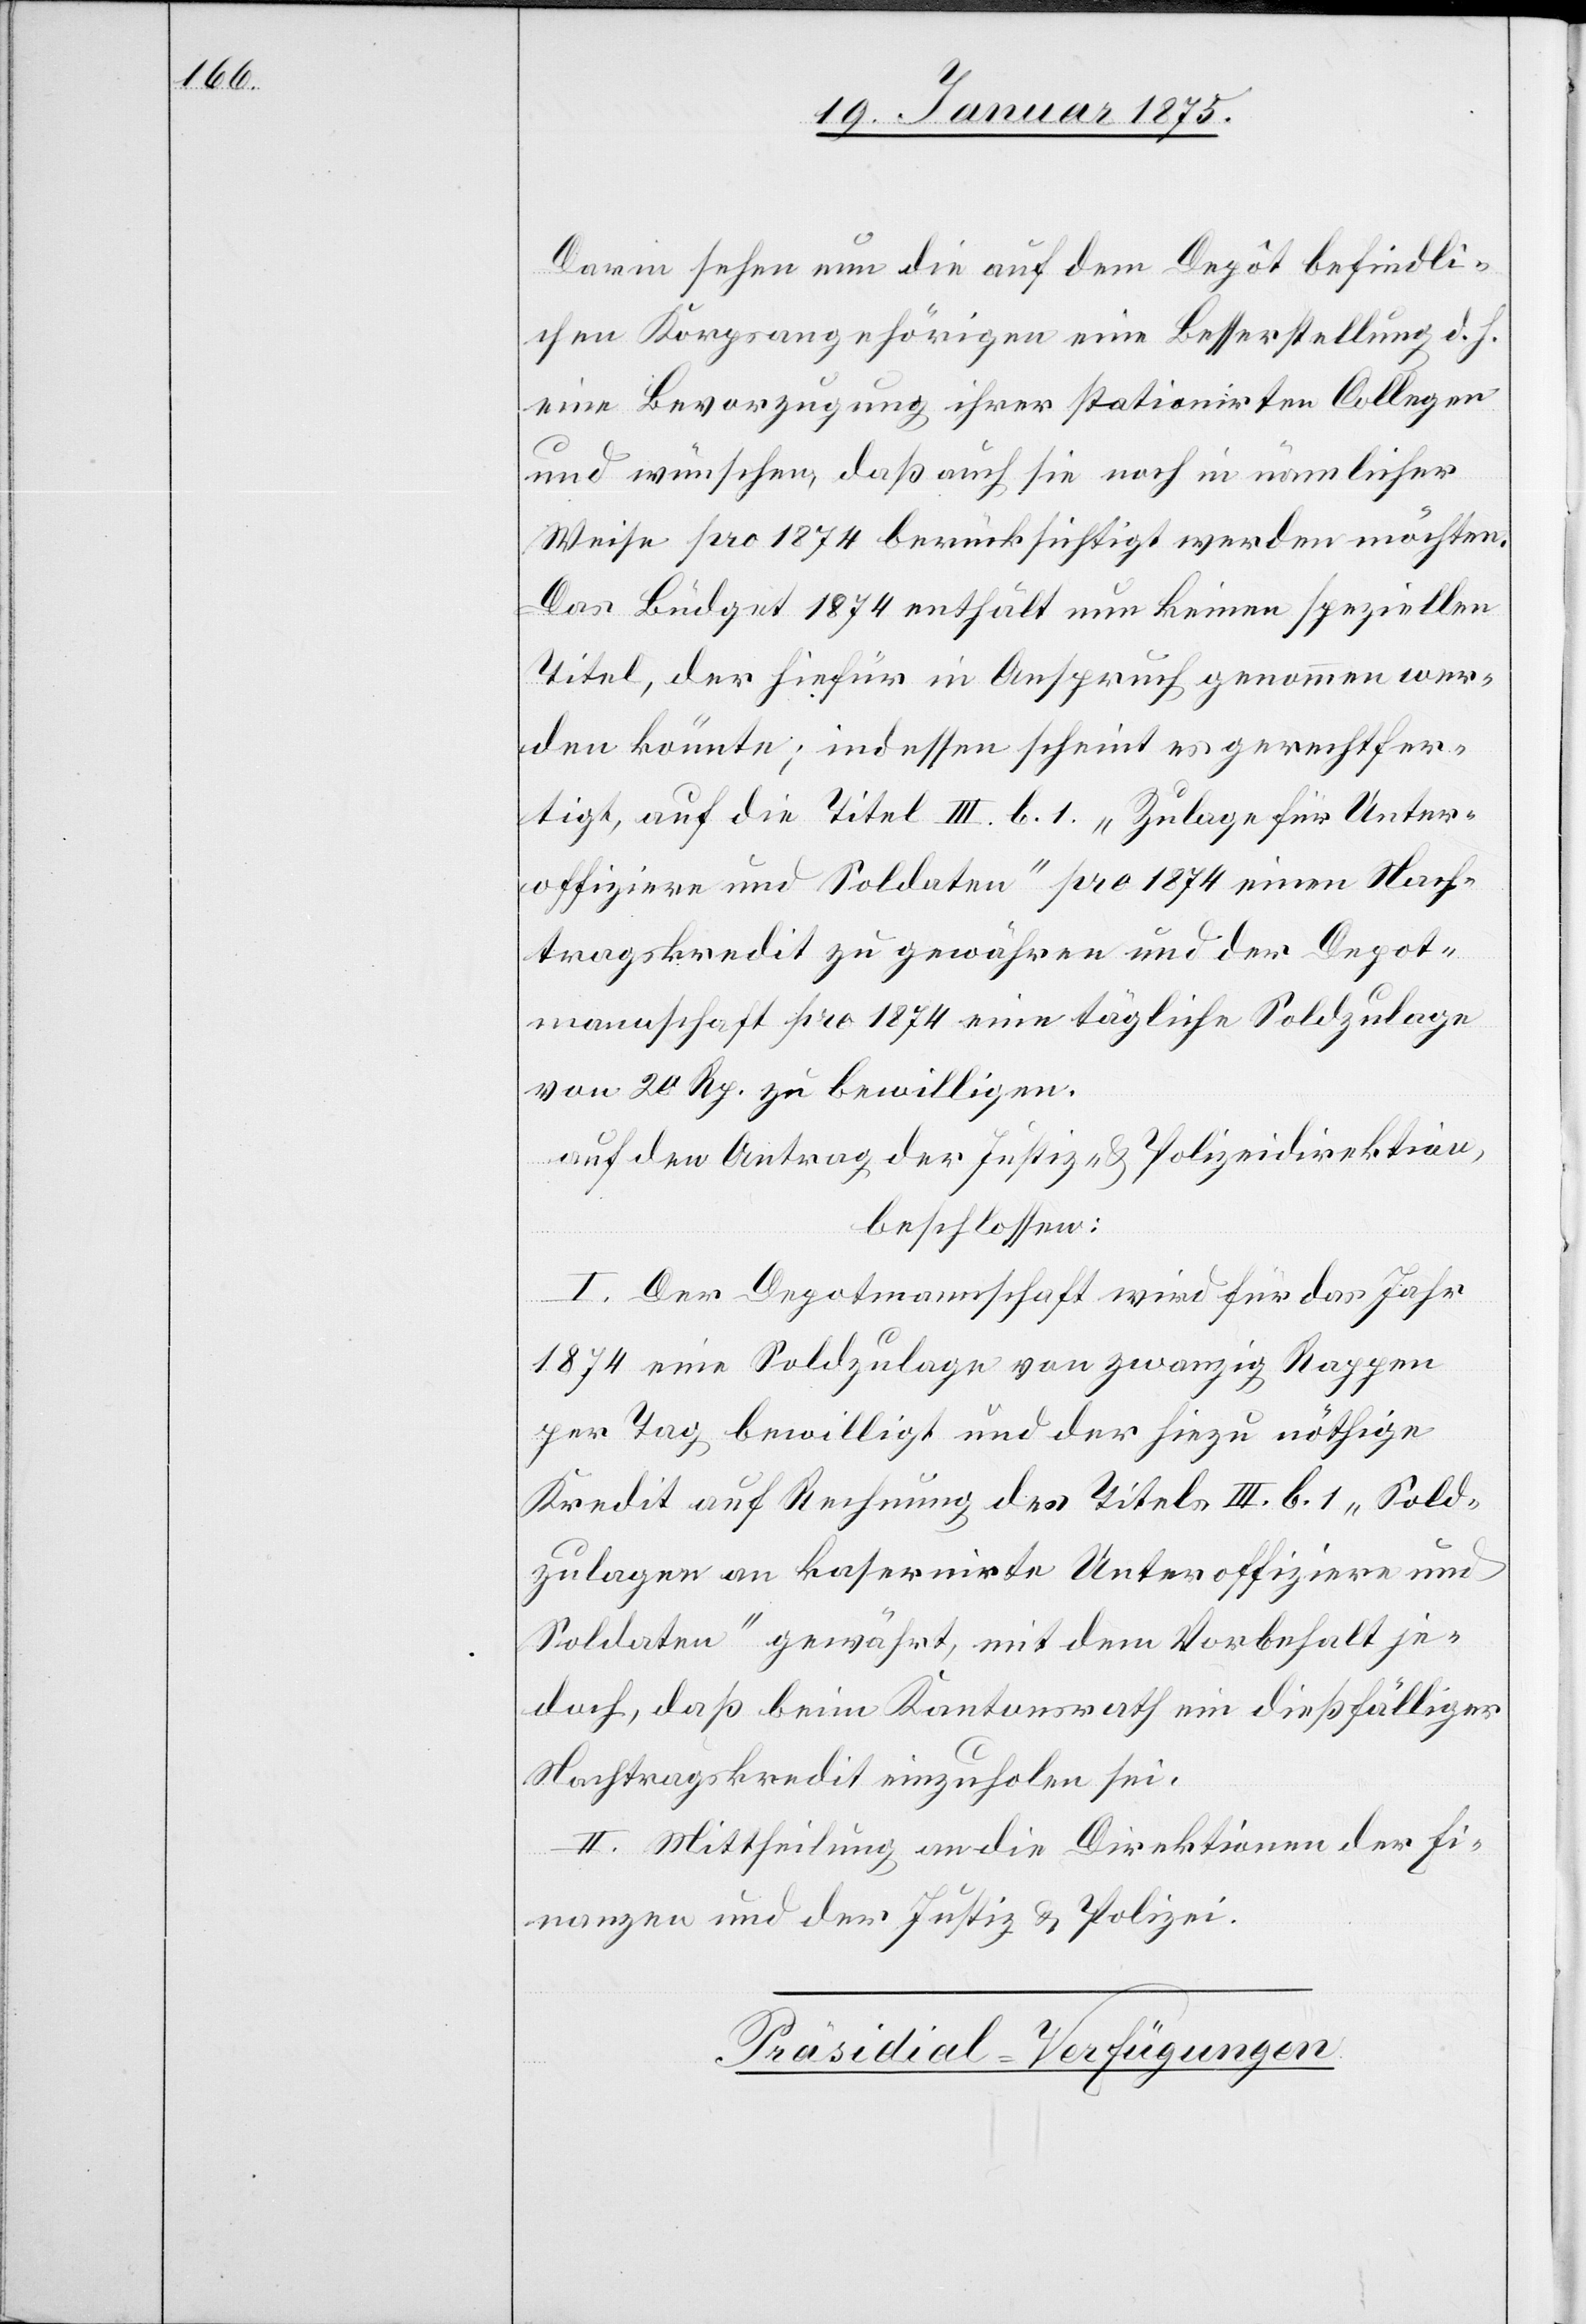
Darin sehen nun die auf dem Depôt befindli¬
chen Korpsangehörigen eine Besserstellung d. h.
eine Bevorzugung ihrer stationirten Collegen
und wünschen, daß auch sie noch in nämlicher
Wiese pro 1874 berücksichtigt werden möchten.
Das Büdget 1874 enthält nun keine speziellen
Titel, der hiefür in Anspruch genommen wer¬
den könnte; indessen scheint es gerechtfer¬
tigt, auf die Titel III. b. 1. „Zulage für Unter¬
offiziere und Soldaten“ pro 1874 einen Nach¬
tragskredit zu gewähren und der Depot¬
mannschaft pro 1874 eine tägliche Soldzulage
von 20 Rp. zu bewilligen.
auf den Antrag der Justiz- & Polizeidirektion,
beschlossen:
I. Der Depotmannschaft wird für das Jahr
1874 eine Soldzulage von zwanzig Rappen
per Tag bewilligt und der hiezu nöthige
Kredit auf Rechnung des Titels III. b. 1. „Sold¬
zulagen an kasernirte Unteroffiziere und
Soldaten“ gewährt, mit dem Vorbehalt je¬
doch, daß beim Kantonsrath ein dießfälliger
Nachtragskredit einzuholen sei.
II. Mittheilung an die Direktionen der Fi¬
nanzen und der Justiz- & Polizei.